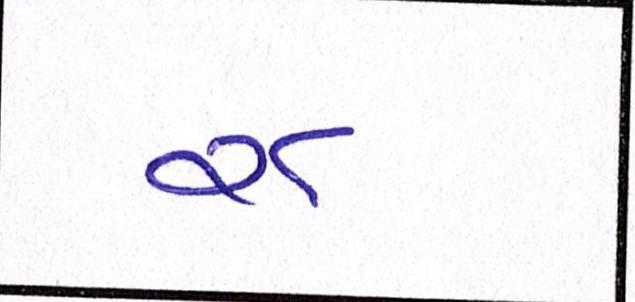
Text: ૨૮